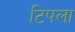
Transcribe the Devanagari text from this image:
टिपला